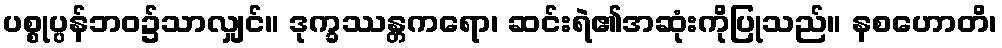
ပစ္စုပ္ပန်ဘဝ၌သာလျှင်။ ဒုက္ခဿန္တကရော၊ ဆင်းရဲ၏အဆုံးကိုပြုသည်။ နစဟောတိ၊